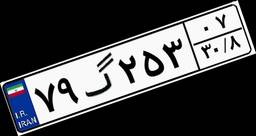
۷۹گ۲۵۳۰۷